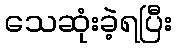
သေဆုံးခဲ့ရပြီး